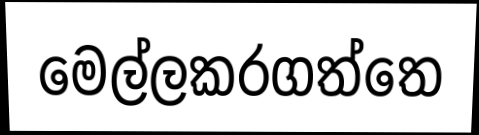
මෙල්ලකරගත්තෙ